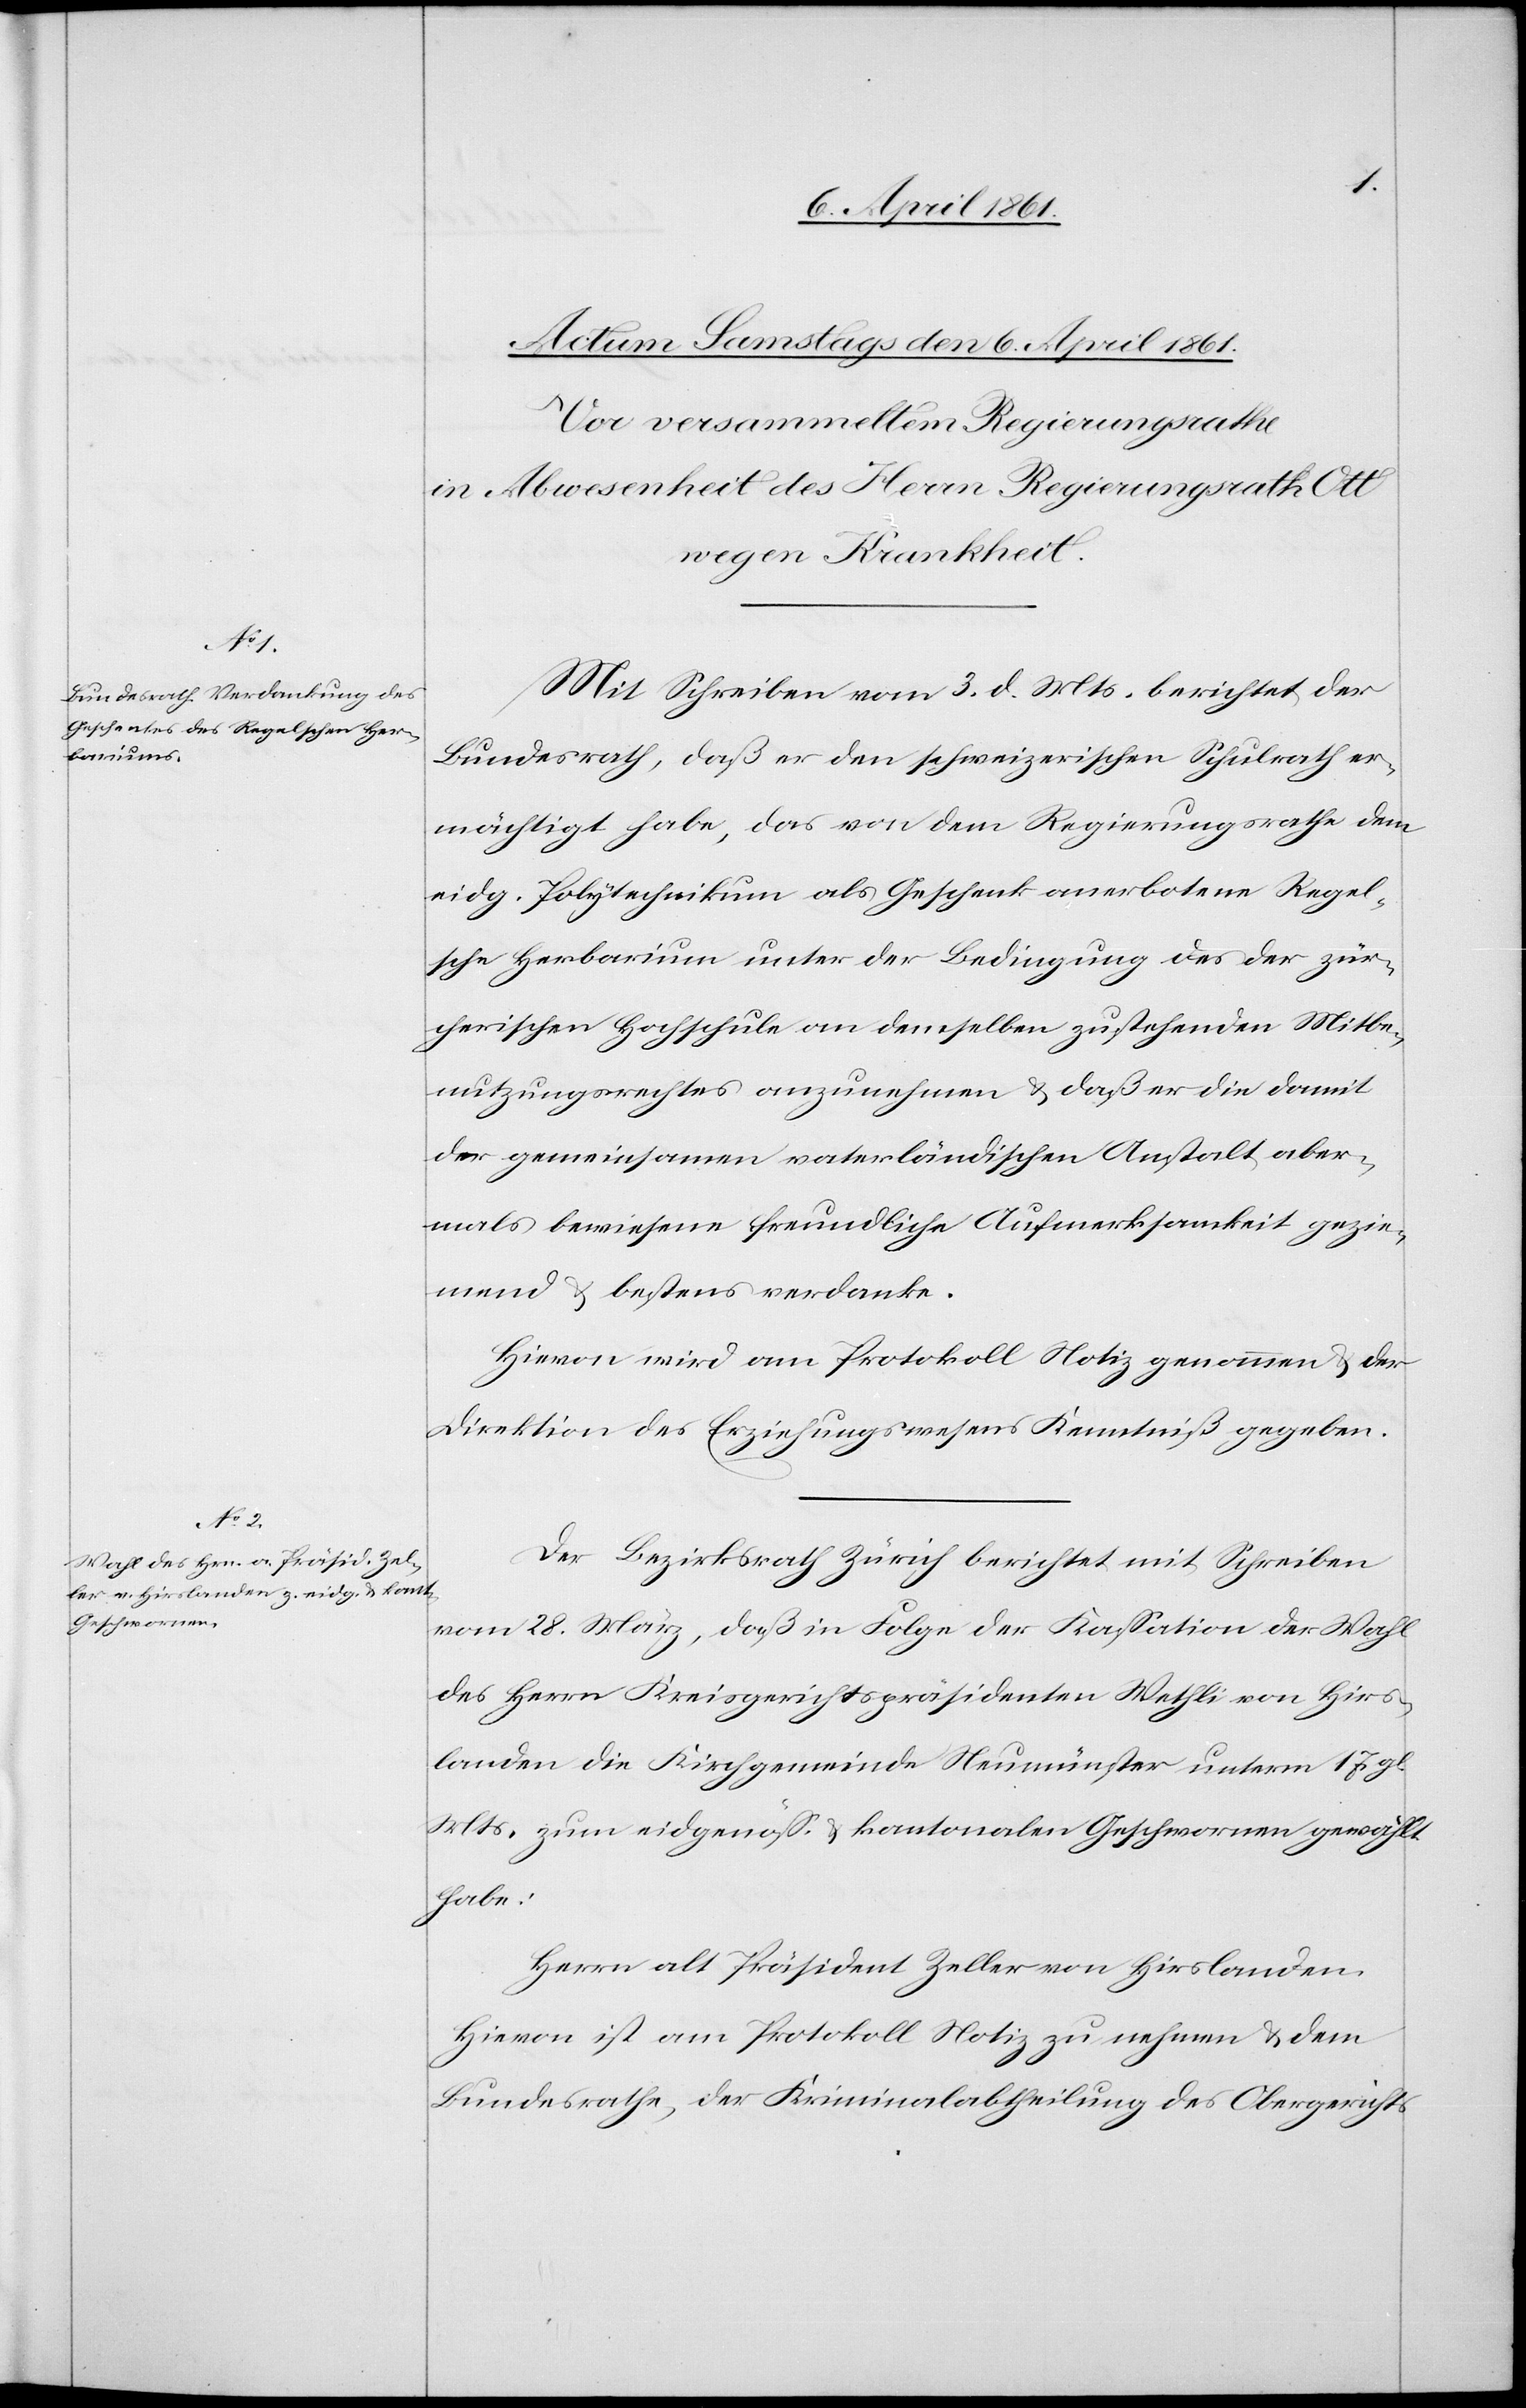
Mit Schreiben vom 3. d. Mts. berichtet der
Bundesrath, daß er den schweizerischen Schulrath er¬
mächtigt habe, das von dem Regierungsrathe dem
eidg. Polytechnikum als Geschenk anerbotene Regel¬
sche Herbarium unter der Bedingung des der zür¬
cherischen Hochschule an demselben zustehenden Mitbe¬
nutzungsrechtes anzunehmen u. daß er die damit
der gemeinsamen vaterländischen Anstalt aber¬
mals bewiesene freundliche Aufmerksamkeit gezie¬
mend u. bestens verdanke.
Hievon wird am Protokoll Notiz genommen u. der
Direktion des Erziehungswesens Kenntniß gegeben.
Der Bezirksrath Zürich berichtet mit Schreiben
vom 28. März, daß in Folge der Kassation der Wahl
des Herrn Kreisgerichtspräsidenten Wethli von Hirs¬
landen die Kirchgemeinde Neumünster unterm 17. gl.
Mts. zum eidgenöss. u. kantonalen Geschwornen gewählt
habe:
Herrn alt Präsident Zeller von Hirslanden.
Hievon ist am Protokoll Notiz zu nehmen u. dem
Bundesrathe, der Kriminalabtheilung des Obergerichts